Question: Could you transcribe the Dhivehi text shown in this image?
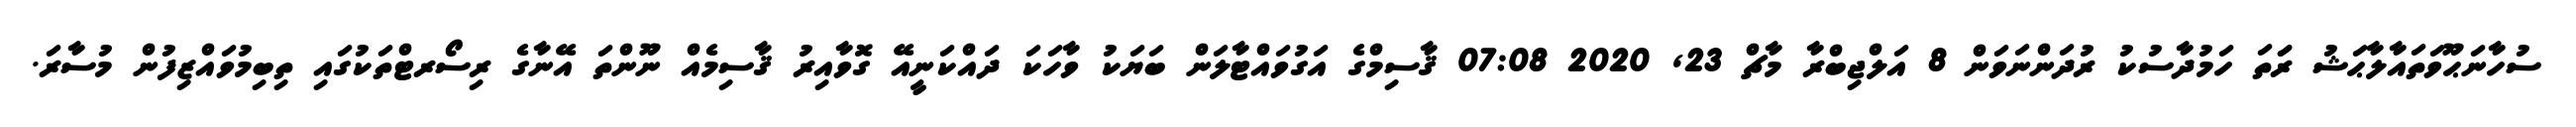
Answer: ސުހާނަޙޫވަތައާލާޙަޝު ރަަތަ ހަމުދާސުކު ރުދަންނަވަން 8 އަލްޖިބްރާ މާޗް 23, 2020 07:08 ޤާސިމްގެ އަގުވައްޓާލަން ބަޔަކު ވާހަކަ ދައްކަނީއޭ ގޮވާއިރު ޤާސިމެއް ނޫންތަ އޭނާގެ ރިސޯރޓްތަކުގައި ތިބިމުވައްޒިފުން މުސާރަ.